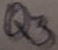
Text: Q3